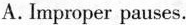
A.Improper pauses.